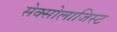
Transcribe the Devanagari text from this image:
सेक्सोलाजिस्ट